Vaccination in Bombay 1856-1862 - 1856-1862
Year: 1856
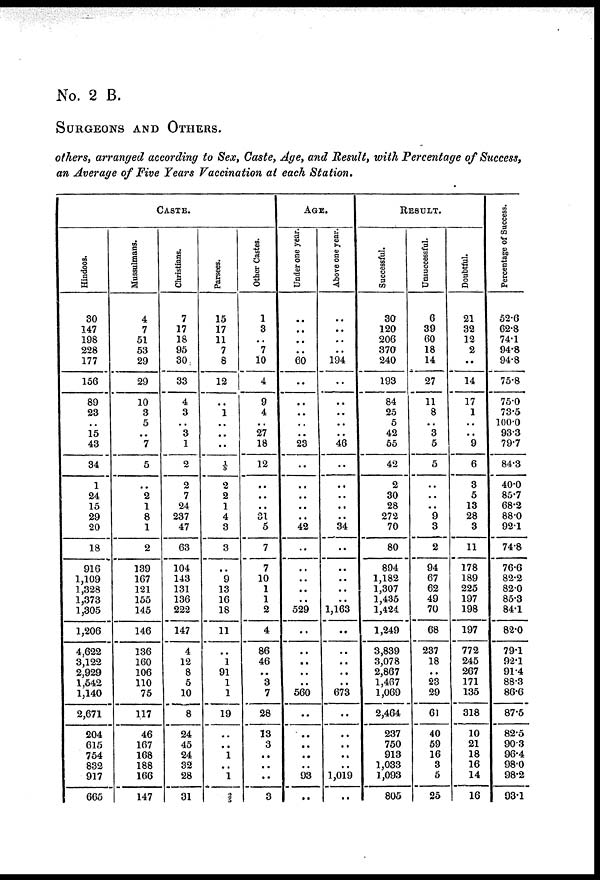
No. 2 B.
SURGEONS AND OTHERS.
others, arranged according to Sex, Caste, Age, and Result, with Percentage of Success,
an Average of Five Years Vaccination at each Station.
CASTE.
Hindoos.
30
147
198
228
177
156
89
23
..
15
43
34
1
24
15
29
20
18
916
1,109
1,328
1,373
1,305
1,206
4,622
3,122
2,929
1,542
1,140
2,671
204
615
754
832
917
665
Mussulmans.
4
7
51
53
29
29
10
3
5
..
7
5
..
2
1
8
1
2
139
167
121
155
145
146
136
160
106
110
75
117
46
167
168
188
166
147
Christians.
7
17
18
95
30
33
4
3
..
3
1
2
2
7
24
237
47
63
104
143
131
136
222
147
4
12
8
5
10
8
24
45
24
32
28
31
Parsees.
15
17
11
7
8
12
..
1
..
..
..
1/5
2
2
1
4
3
3
..
9
13
16
18
11
..
1
91
1
1
19
..
..
1
..
1
2/5
Other Castes.
1
3
..
7
10
4
9
4
..
27
18
12
..
..
..
31
5
7
7
10
1
1
2
4
86
46
..
3
7
28
13
3
..
..
..
3
AGE.
Under one year.
..
..
..
..
60
..
..
..
..
..
23
..
..
..
..
..
42
..
..
..
..
..
529
..
..
..
..
..
560
..
..
..
..
..
93
..
Above one year.
..
..
..
..
194
..
..
..
..
..
46
..
..
..
..
..
34
..
..
..
..
..
1,163
..
..
..
..
..
673
..
..
..
..
..
1,019
..
RESULT.
Successful.
30
120
206
370
240
193
84
25
5
42
55
42
2
30
28
272
70
80
894
1,182
1,307
1,435
1,424
1,249
3,839
3,078
2,867
1,467
1,069
2,464
237
750
913
1,033
1,093
805
Unsuccessful.
6
39
60
18
14
27
11
8
..
3
5
5
..
..
..
9
3
2
94
67
62
49
70
68
237
18
..
23
29
61
40
59
16
3
5
25
Doubtful.
21
32
12
2
..
14
17
1
..
..
9
6
3
5
13
28
3
11
178
189
225
197
198
197
772
245
267
171
135
318
10
21
18
16
14
16
Percentage of Success.
52.6
62.8
74.1
94.8
94.8
75.8
75.0
73.5
100.0
93.3
79.7
84.3
40.0
85.7
68.2
88.0
92.1
74.8
76.6
82.2
82.0
85.3
84.1
82.0
79.1
92.1
91.4
88.3
86.6
87.5
82.5
90.3
96.4
98.0
98.2
93.1